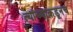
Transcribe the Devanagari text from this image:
त्‍यांच्याकडूनच